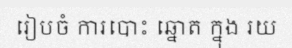
រៀបចំ ការបោះ ឆ្នោត ក្នុង រយ